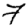
Digit: 7